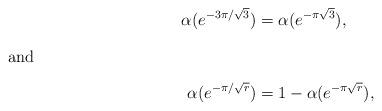
LaTeX: \begin{align*}\alpha(e^{-3\pi/\sqrt{3}})& =\alpha(e^{-\pi\sqrt{3}}),\\\intertext{and} \alpha(e^{-\pi/\sqrt{r}})&=1-\alpha(e^{-\pi\sqrt{r}}),\end{align*}